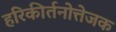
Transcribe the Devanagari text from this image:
हरिकीर्तनोत्तेजक